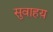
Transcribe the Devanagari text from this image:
सुवाहय़